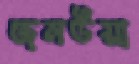
জনউয়া